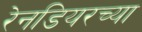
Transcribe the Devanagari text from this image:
रेनडियरच्या